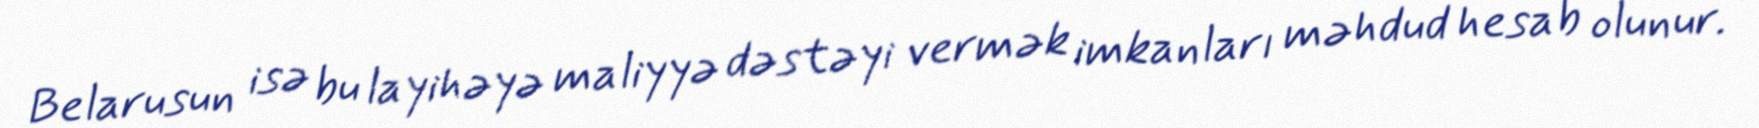
Belarusun isə bu layihəyə maliyyə dəstəyi vermək imkanları məhdud hesab olunur.